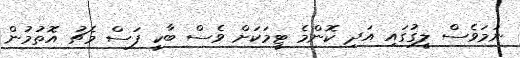
ނަމަވެސް ލީގުގައި އަދި ކޮންމެ ޓީމަކަށް ވެސް ބާކީ ފަސް މެޗު އޮތުމުން